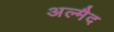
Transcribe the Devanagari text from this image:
अल्मैद